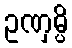
ဥဏှမ္ပိ